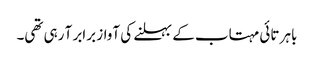
باہر تائی مہتاب کے بہلنے کی آواز برابر آ رہی تھی۔